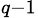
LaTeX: _{q-1}